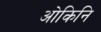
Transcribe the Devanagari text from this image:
ओकिनि